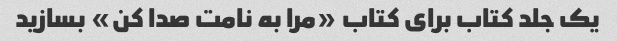
یک جلد کتاب برای کتاب «مرا به نامت صدا کن» بسازید